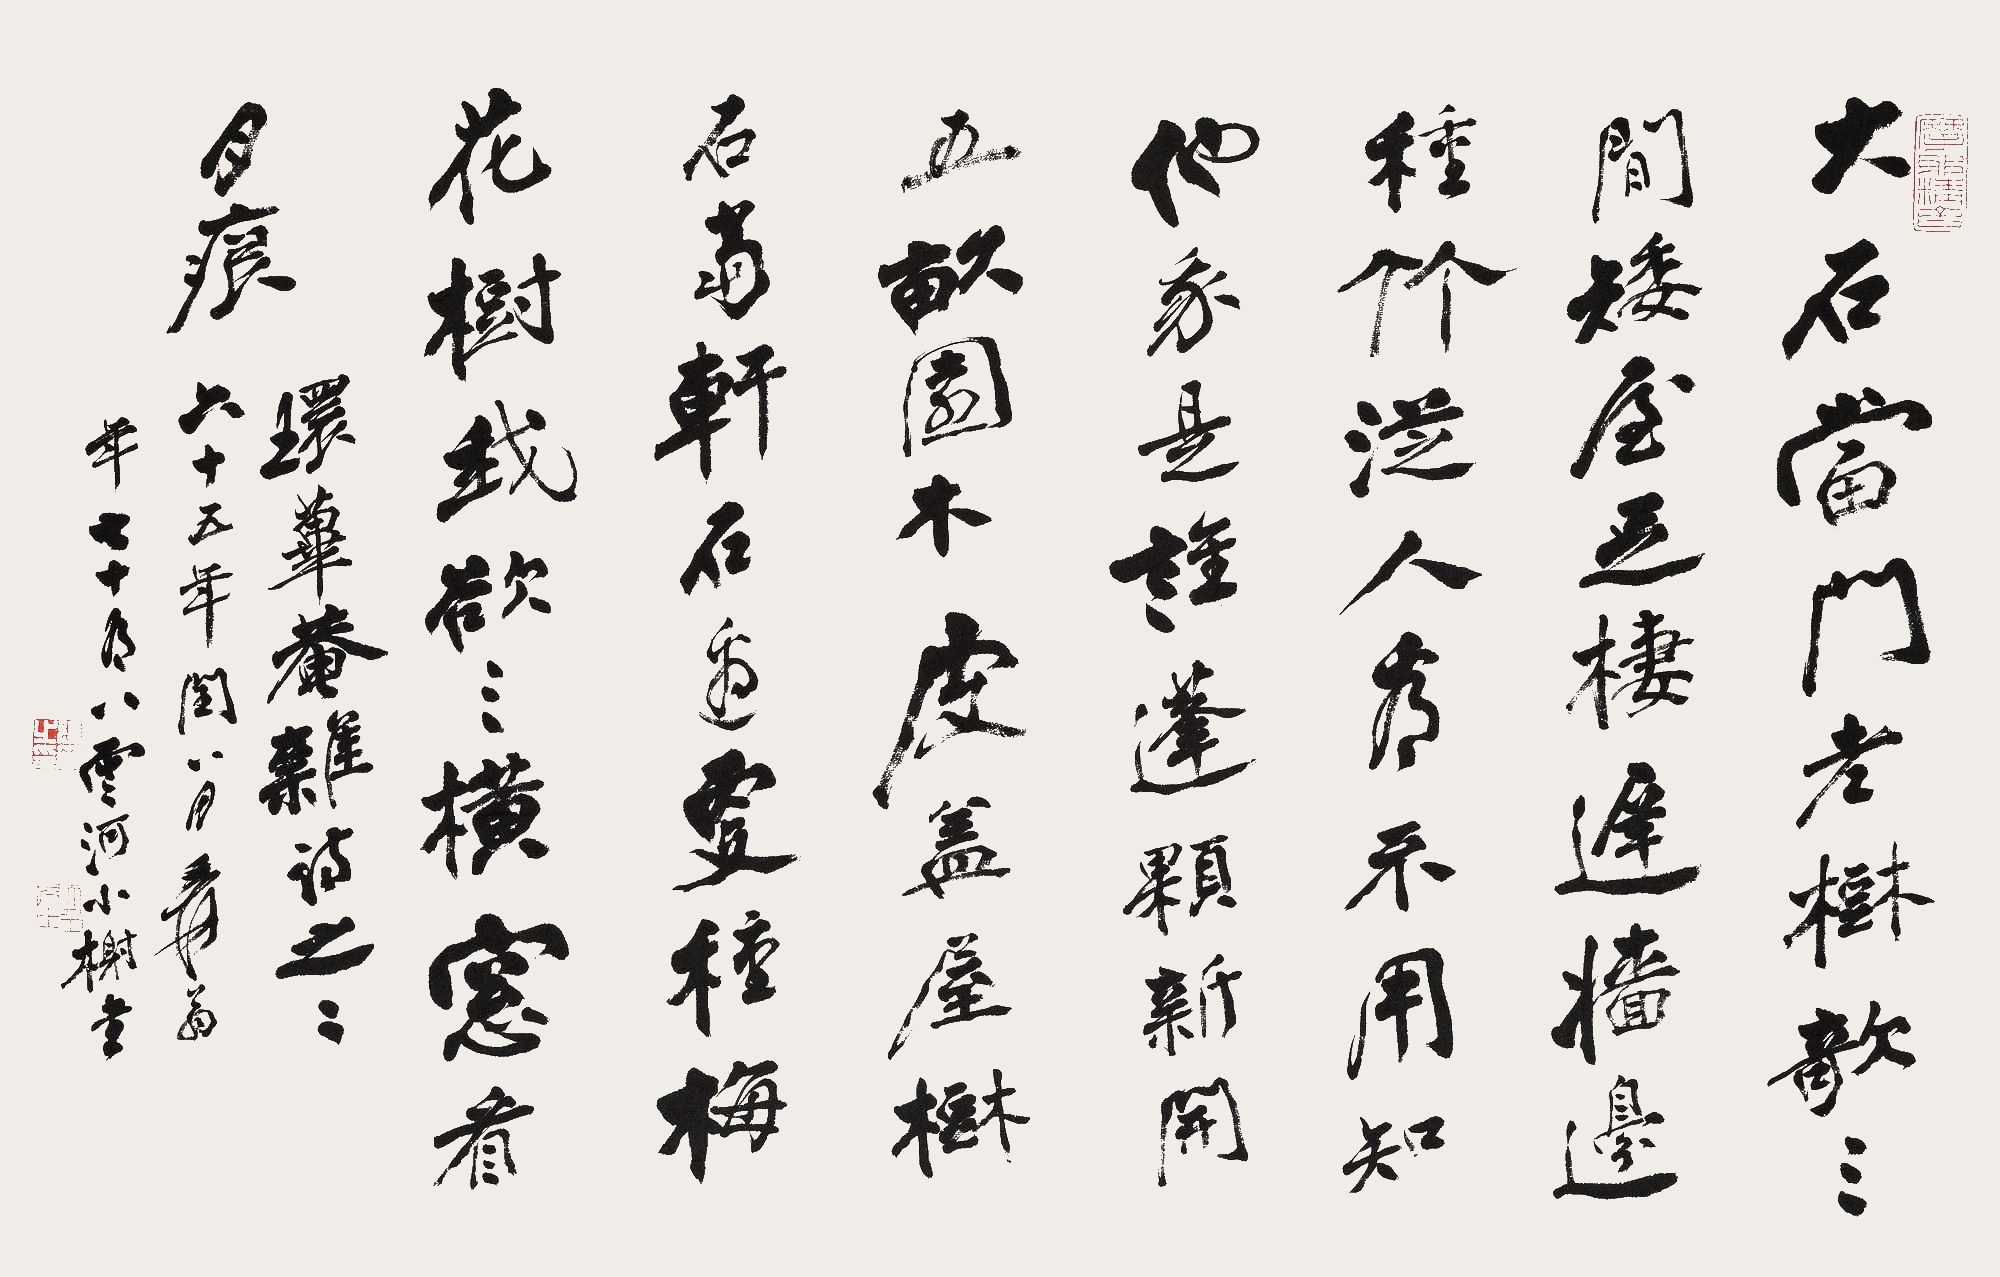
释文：大石当门老树欹，三间矮屋足栖迟。墙边种竹从人看，不用知他我是谁。蓬颗新开五亩园，木皮盖屋树石当轩。石边更种梅花树，我欲三横窗看月痕。环荜庵杂诗之二。六十五年闰八月，爰翁年七十有八，云河小榭书。